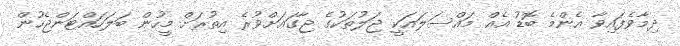
ދިމާވެފައިވާ އެންމެ ބޮޑު އެއް މައްސަލައަކީ ޖަލުތަކުގެ ޖާގައަށްވުރެ އިތުރަށް މީހުން ބަލަހައްޓަންޖެހުން